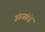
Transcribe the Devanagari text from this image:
इंग्रजांशीं